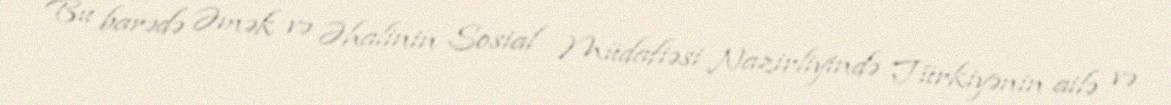
Bu barədə Əmək və Əhalinin Sosial Müdafiəsi Nazirliyində Türkiyənin ailə və